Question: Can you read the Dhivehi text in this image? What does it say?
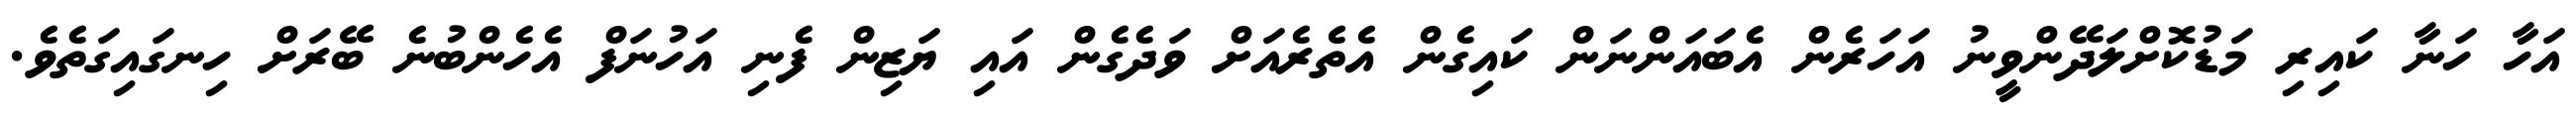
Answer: އަހާ ހަނާ ކައިރި މަޑުކޮށްލަދޭންވީނު އަހަރެން އެބައަންނަން ކައިގެން އެތެރެއަށް ވަދެގެން އައި ޔަޒިން ފެނި އަހުނަފް އެހެންބުނެ ބޭރަށް ހިނގައިގަތެވެ.